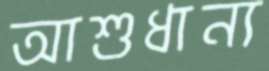
আশুধান্য